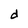
Character: d